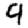
Digit: 9